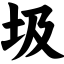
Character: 圾